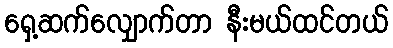
ရှေ့ဆက်လျှောက်တာ နီးမယ်ထင်တယ်